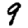
Digit: 9